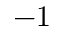
- 1